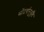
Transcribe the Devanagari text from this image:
सौंदर्यानुभूति